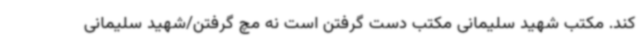
کند. مکتب شهید سلیمانی مکتب دست گرفتن است نه مچ گرفتن/شهید سلیمانی